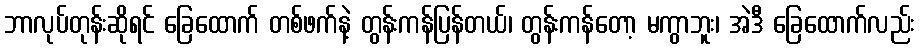
ဘာလုပ်တုန်းဆိုရင် ခြေထောက် တစ်ဖက်နဲ့ တွန်းကန်ပြန်တယ်၊ တွန်းကန်တော့ မကွာဘူး၊ အဲဒီ ခြေထောက်လည်း